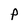
Character: P